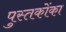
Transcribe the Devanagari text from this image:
पुस्‍तकोंका